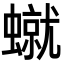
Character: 𧑙